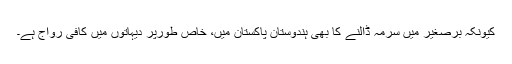
کیونکہ برصغیر میں سرمہ ڈالنے کا بھی ہندوستان پاکستان میں، خاص طورپر دیہاتوں میں کافی رواج ہے۔